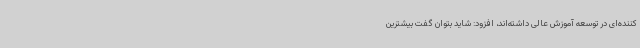
کننده‌ای در توسعه آموزش عالی داشته‌اند، افزود: شاید بتوان گفت بیشترین